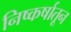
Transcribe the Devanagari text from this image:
निष्कर्षातून